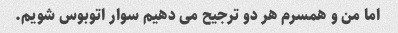
اما من و همسرم هر دو ترجیح می دهیم سوار اتوبوس شویم.